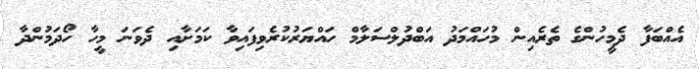
އެއްބަފާ ދެމީހުންގެ ތެރެއިން މުހައްމަދު އަބްދުލްސަލާމް ހައްޔަރުކުރެވިފައިވާ ކަމަށާއި ދެވަނަ މީހާ ހޯދަމުންދާ